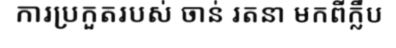
ការប្រកួតរបស់ ចាន់ រតនា មកពីក្លឹប